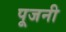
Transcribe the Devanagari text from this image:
पूजनी